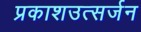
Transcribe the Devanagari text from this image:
प्रकाशउत्सर्जन